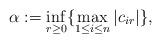
LaTeX: \begin{align*}\alpha := \inf_{r \geq 0} \{\max_{1 \leq i \leq n} |c_{ir}|\},\end{align*}